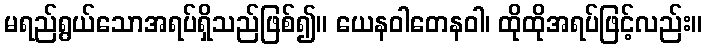
မရည်ရွယ်သောအရပ်ရှိသည်ဖြစ်၍။ ယေနဝါတေနဝါ၊ ထိုထိုအရပ်ဖြင့်လည်း။